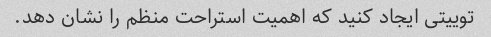
توییتی ایجاد کنید که اهمیت استراحت منظم را نشان دهد.